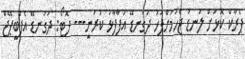
ޕެރާކް ކޮޅަށް ލަނޑު ޖެހުމަށްފަހު ދަގަނޑޭ އުފާފާޅު ކުރަނީ--- ފޮޓޯ: ދަގަނޑޭ އެފްބީޕޭޖް